38_143685_box7_Incident_Summaries_1-100
Agency: Department of War
Page 184
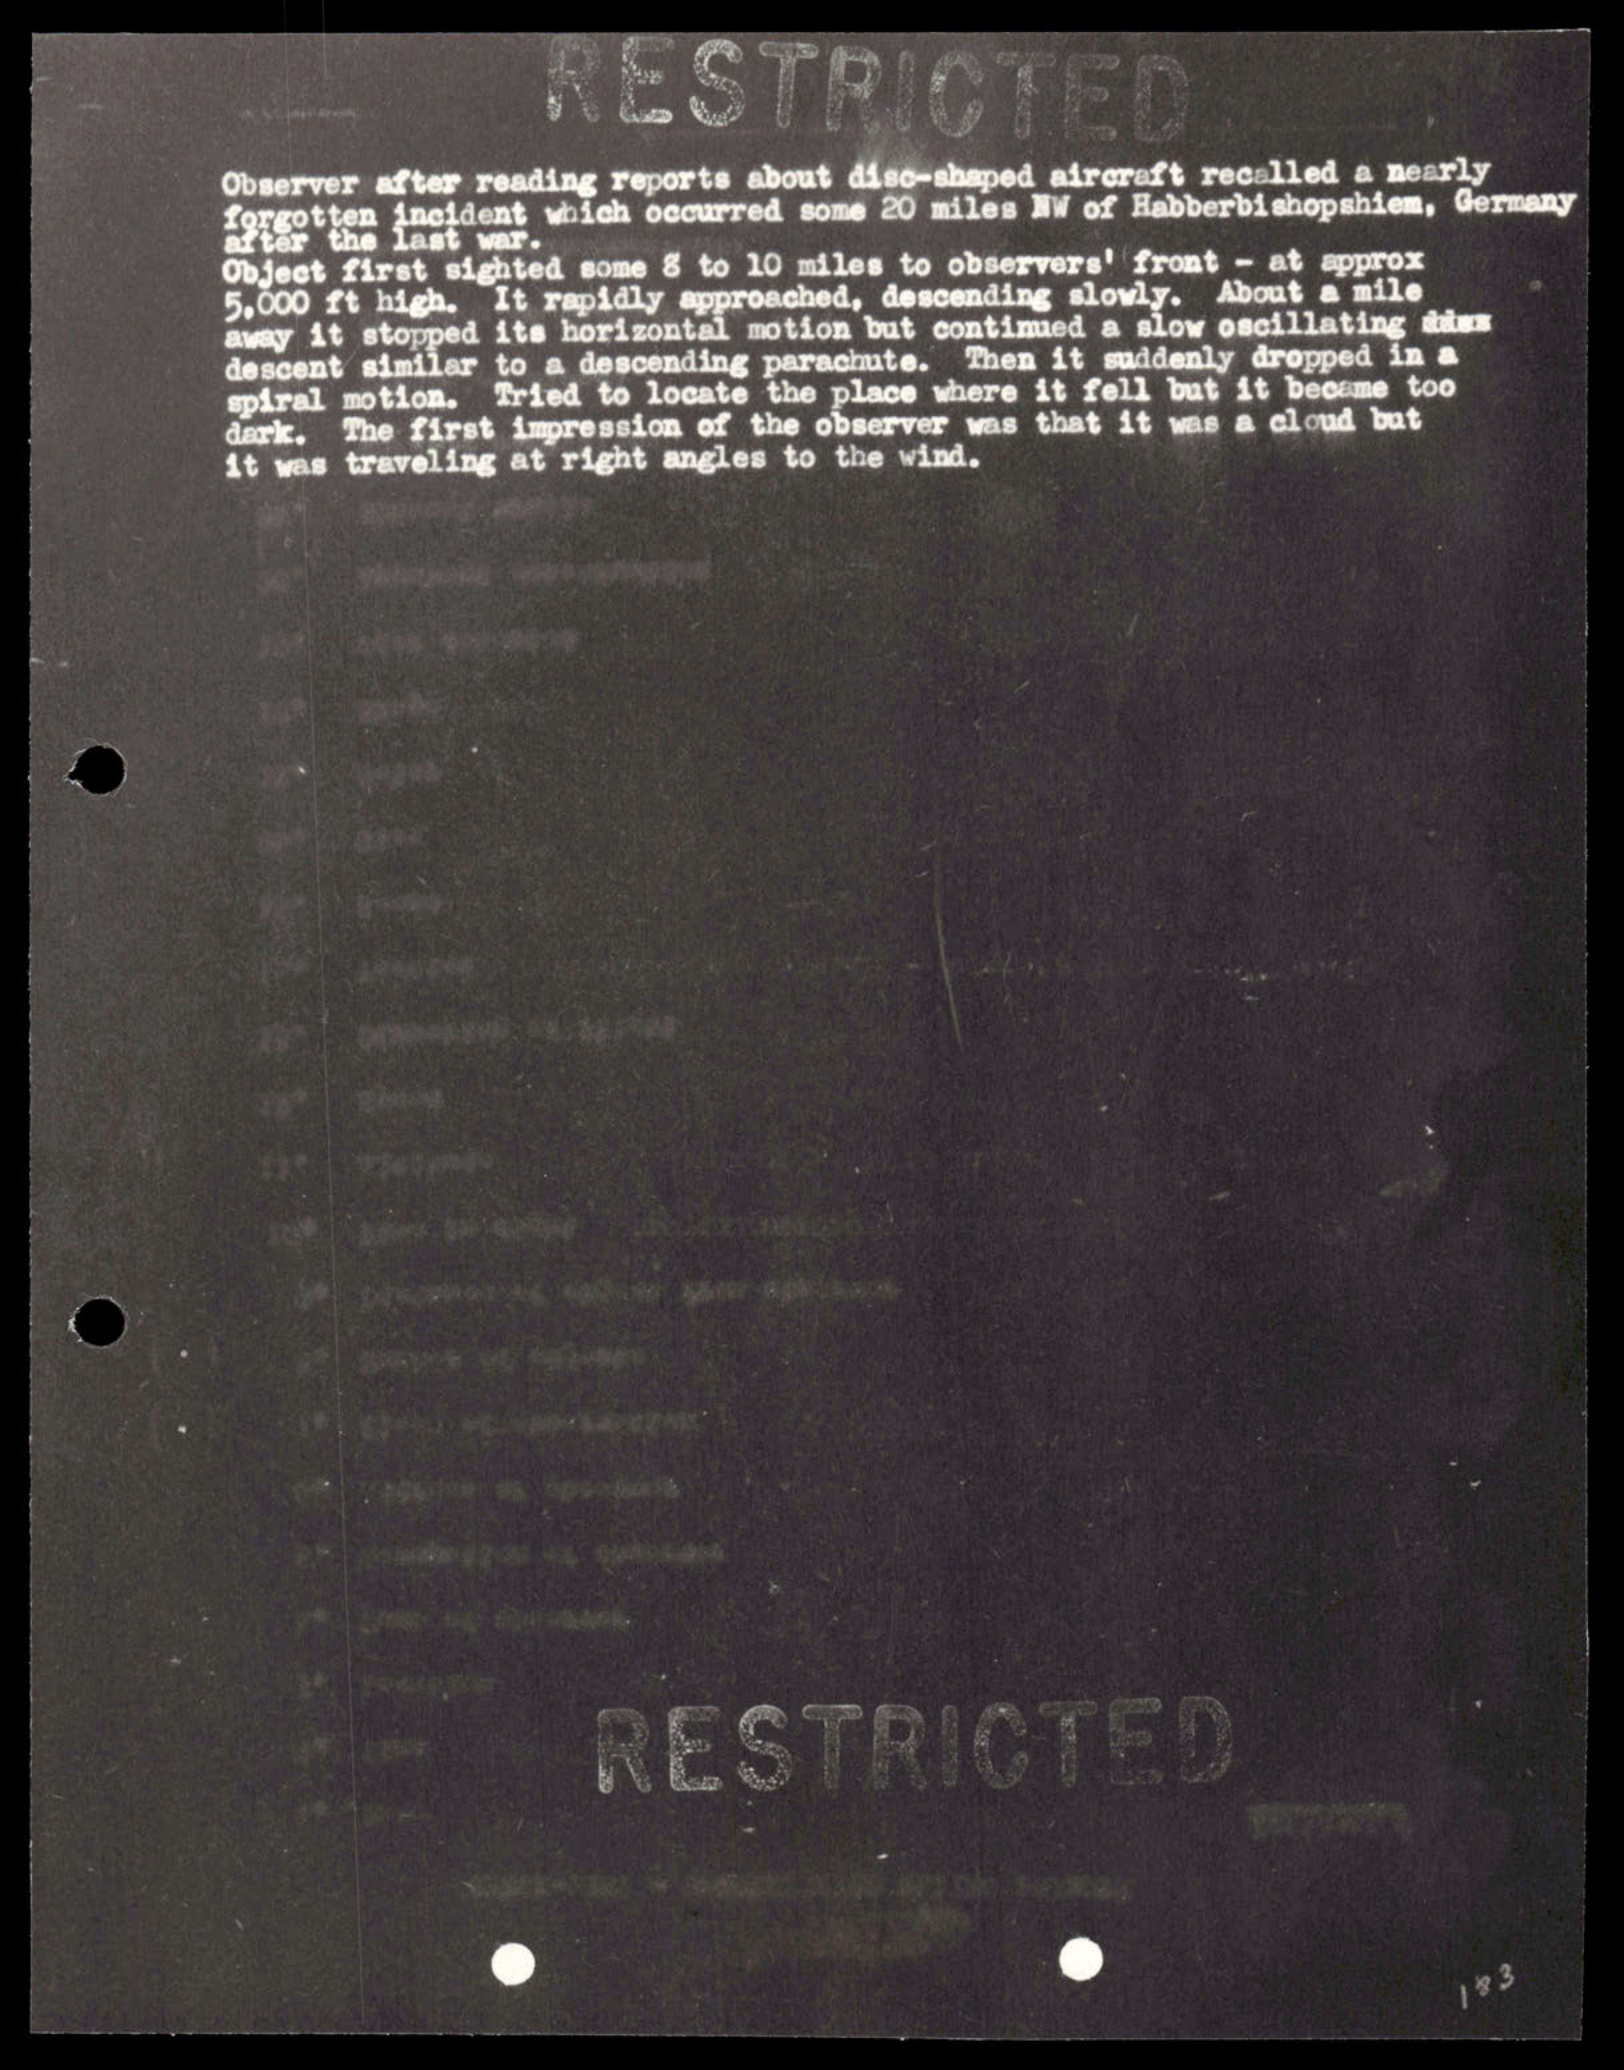